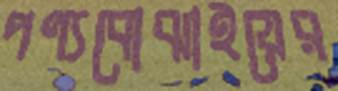
পণ্যবোঝাইয়ের